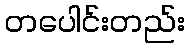
တပေါင်းတည်း